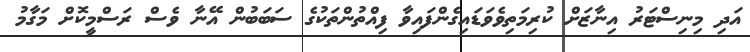
އަދި މިނިސްޓަރު އިނާޒަށް ކުރިމަތިވެވަޑައިގެންފައިވާ ފިއްތުންތަކުގެ ސަބަބުން އޭނާ ވެސް ރަސްމީކޮށް މަގާމު